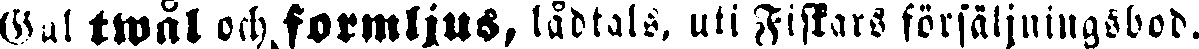
Gal twål och formljus, lådtals, uti Fiskars försäljningsbod.